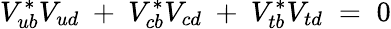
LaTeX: V_{ub}^{*}V_{ud}~+~V_{cb}^{*}V_{cd}~+~V_{tb}^{*}V_{td}\; =\; 0